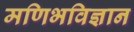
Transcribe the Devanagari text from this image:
मणिभविज्ञान